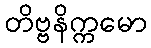
တိဗ္ဗနိက္ကမော